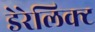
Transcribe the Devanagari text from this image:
डेरेलिक्ट